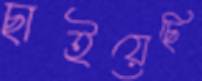
ছাইয়েছি